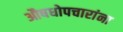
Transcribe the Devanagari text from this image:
औषधोपचारांना